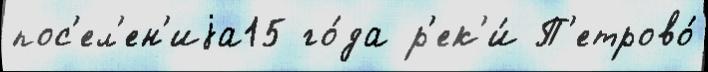
пос'ел'ен'иjа15 го́да р'ек'и́ П'етрово́